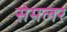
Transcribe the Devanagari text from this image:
सेमलर